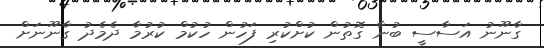
ގާނޫނު އަސާސީ ބުނާ ގޮތުން ކުށްކުރި ފަހުން ހުކުމް ކުރުމާ ދެމެދު ގާނޫނަށް